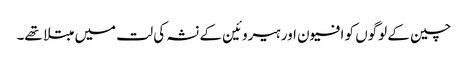
چین کے لوگوں کو افیون اور ہیروئین کے نشہ کی لت میں مبتلا تھے۔